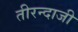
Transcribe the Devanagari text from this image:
तीरन्दाजी